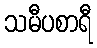
သမီပစာရီ